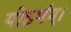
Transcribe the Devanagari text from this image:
योऽर्थम्।